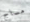
مساج